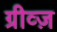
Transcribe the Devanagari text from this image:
ग्रीव्ज़